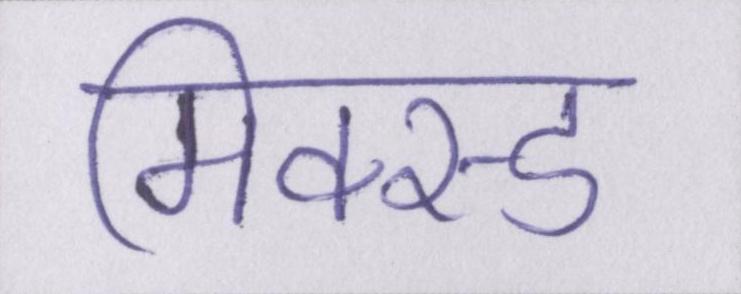
मिक्स्ड